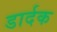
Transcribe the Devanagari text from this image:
डार्दक